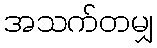
အသက်တမျှ